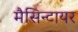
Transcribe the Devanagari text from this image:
मैसिन्टायर